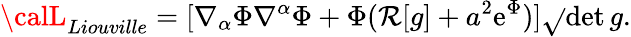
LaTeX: {\calL}_{Liouville}=[\nabla_{\alpha}\Phi\nabla^{\alpha}\Phi+\Phi(\mathcal{R}[g]+a^{2}\mathrm{{e}}^{\Phi})]\sqrt{}{{\operatorname*{det}g}}.